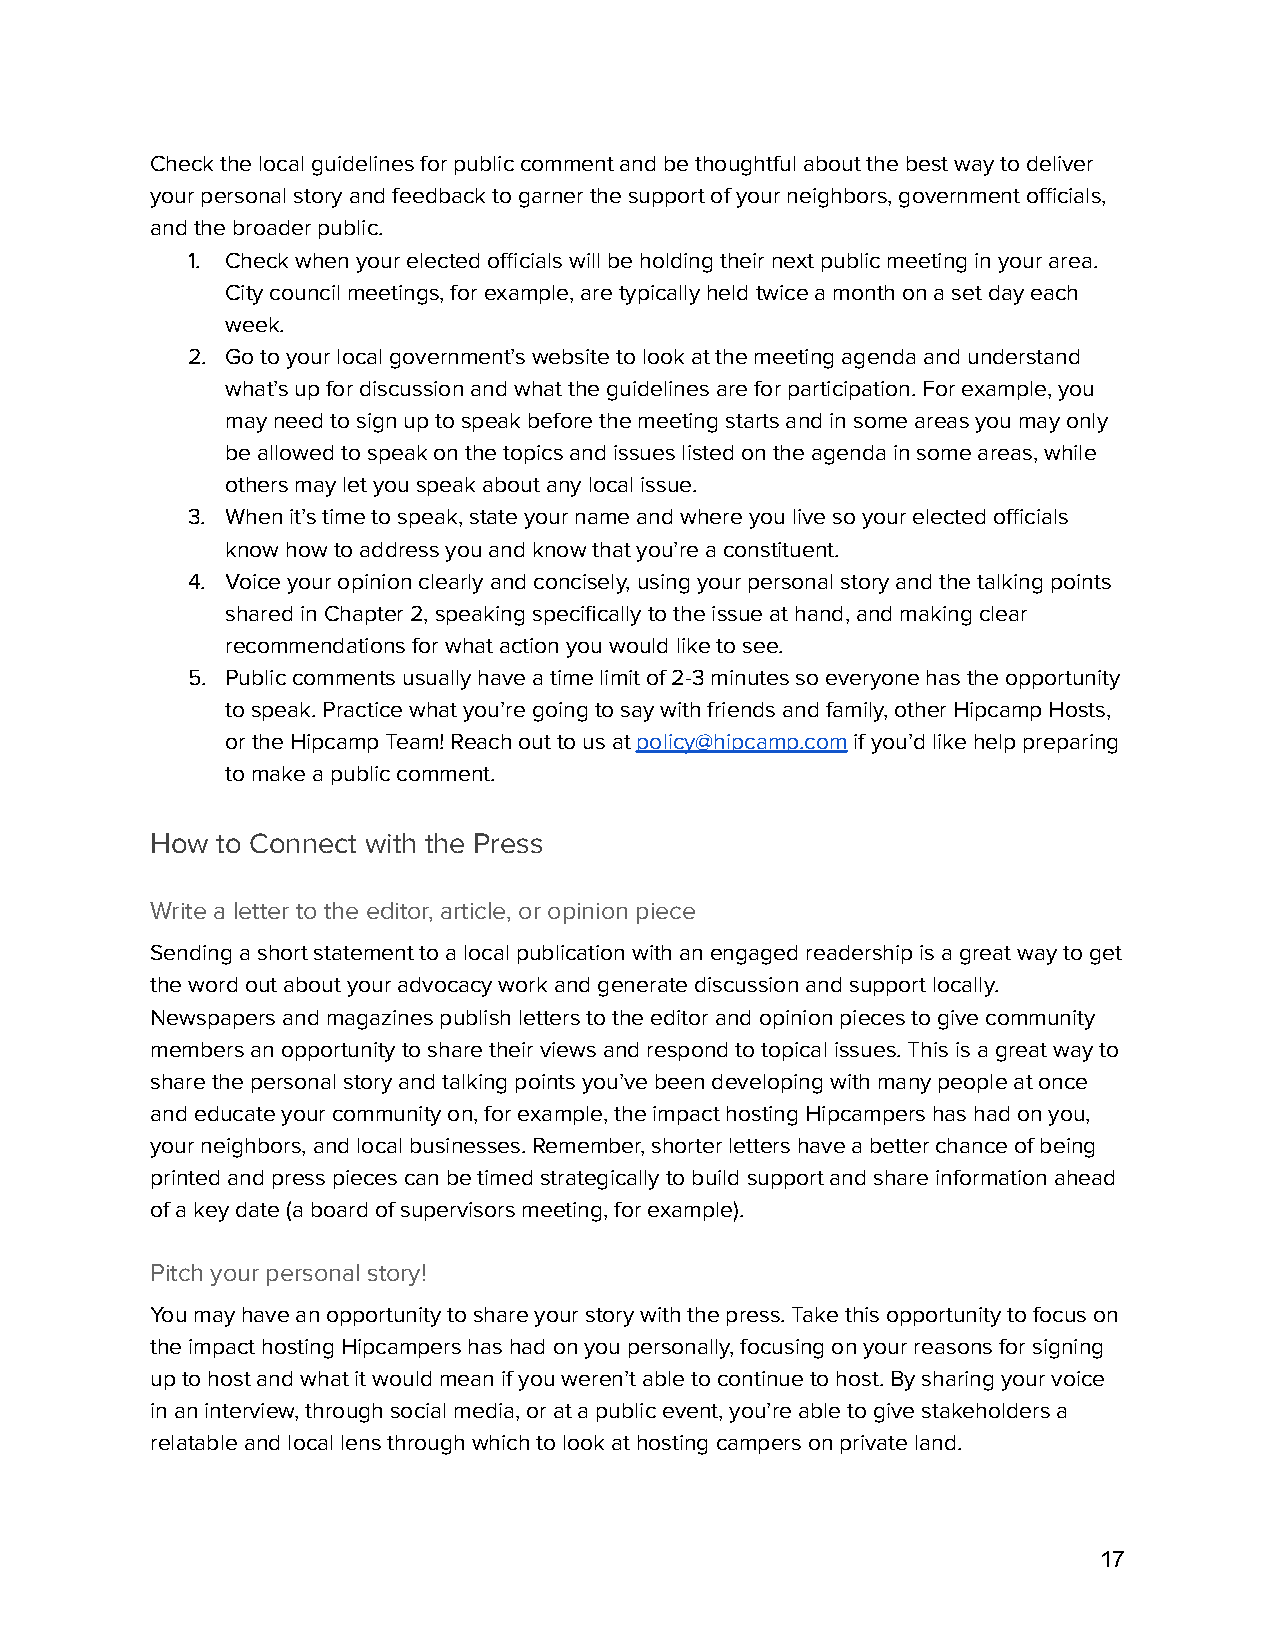
Check the local guidelines for public comment and be thoughtful about the best way to deliver
 your personal story and feedback to garner the support of your neighbors, government officials,
 and the broader public.
 1. Check when your elected officials will be holding their next public meeting in your area.
 City council meetings, for example, are typically held twice a month on a set day each
 week.
 2. Go to your local government’s website to look at the meeting agenda and understand
 what’s up for discussion and what the guidelines are for participation. For example, you
 may need to sign up to speak before the meeting starts and in some areas you may only
 be allowed to speak on the topics and issues listed on the agenda in some areas, while
 others may let you speak about any local issue.
 3. When it’s time to speak, state your name and where you live so your elected officials
 know how to address you and know that you’re a constituent.
 4. Voice your opinion clearly and concisely, using your personal story and the talking points
 shared in Chapter 2, speaking specifically to the issue at hand, and making clear
 recommendations for what action you would like to see.
 5. Public comments usually have a time limit of 2-3 minutes so everyone has the opportunity
 to speak. Practice what you’re going to say with friends and family, other Hipcamp Hosts,
 or the Hipcamp Team! Reach out to us atpolicy@hipcamp.comif you’d like help preparing
 to make a public comment.
 How to Connect with the Press
 Write a letter to the editor, article, or opinion piece
 Sending a short statement to a local publication with an engaged readership is a great way to get
 the word out about your advocacy work and generate discussion and support locally.
 Newspapers and magazines publish letters to the editor and opinion pieces to give community
 members an opportunity to share their views and respond to topical issues. This is a great way to
 share the personal story and talking points you’ve been developing with many people at once
 and educate your community on, for example, the impact hosting Hipcampers has had on you,
 your neighbors, and local businesses. Remember, shorter letters have a better chance of being
 printed and press pieces can be timed strategically to build support and share information ahead
 of a key date (a board of supervisors meeting, for example).
 Pitch your personal story!
 You may have an opportunity to share your story with the press. Take this opportunity to focus on
 the impact hosting Hipcampers has had on you personally, focusing on your reasons for signing
 up to host and what it would mean if you weren’t able to continue to host. By sharing your voice
 in an interview, through social media, or at a public event, you’re able to give stakeholders a
 relatable and local lens through which to look at hosting campers on private land.
 17